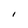
Character: l